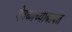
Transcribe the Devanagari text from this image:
देवळाच्याबाबत